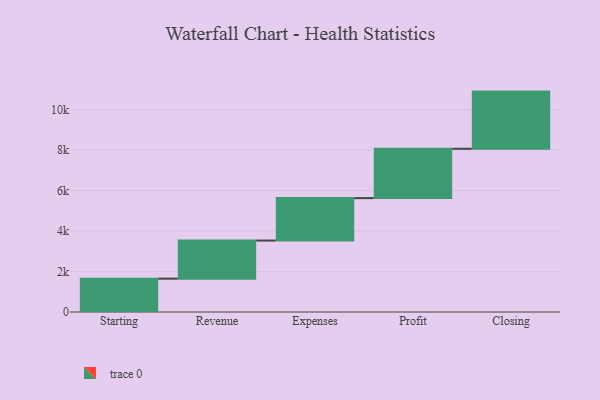
{"axis": {"x": "Step", "y": "Value"}, "legend": [""], "data": [{"x": "Starting", "y": 1647.0, "type": ""}, {"x": "Revenue", "y": 1882.0, "type": ""}, {"x": "Expenses", "y": 2096.0, "type": ""}, {"x": "Profit", "y": 2438.0, "type": ""}, {"x": "Closing", "y": 2823.0, "type": ""}]}